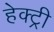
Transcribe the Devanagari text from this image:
हेक्ट्री